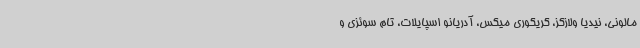
مالونی، نیدیا ولازکز، گریگوری میکس، آدریانو اسپایلات، تام سوئزی و